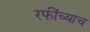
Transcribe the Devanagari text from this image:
रफींच्याच